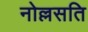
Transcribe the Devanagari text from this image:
नोल्लसति